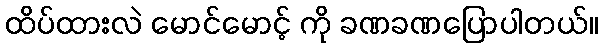
ထိပ်ထားလဲ မောင်မောင့် ကို ခဏခဏပြောပါတယ်။